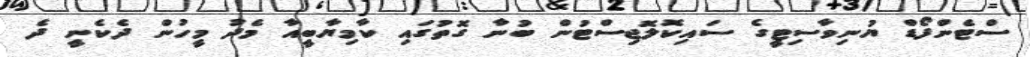
ސްޓެންފޯޑް ޔުނިވާސިޓީގެ ސައިކޮލޮޖިސްޓުން ބުނާ ގޮތުގައި ކާމިޔާބީއާ މެދު މީހުން ދެކެނީ ދެ